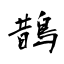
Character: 鵲